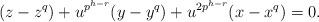
LaTeX: \begin{align*} (z-z^q)+u^{p^{h-r}}(y-y^q)+u^{2p^{h-r}}(x-x^q)=0.\end{align*}